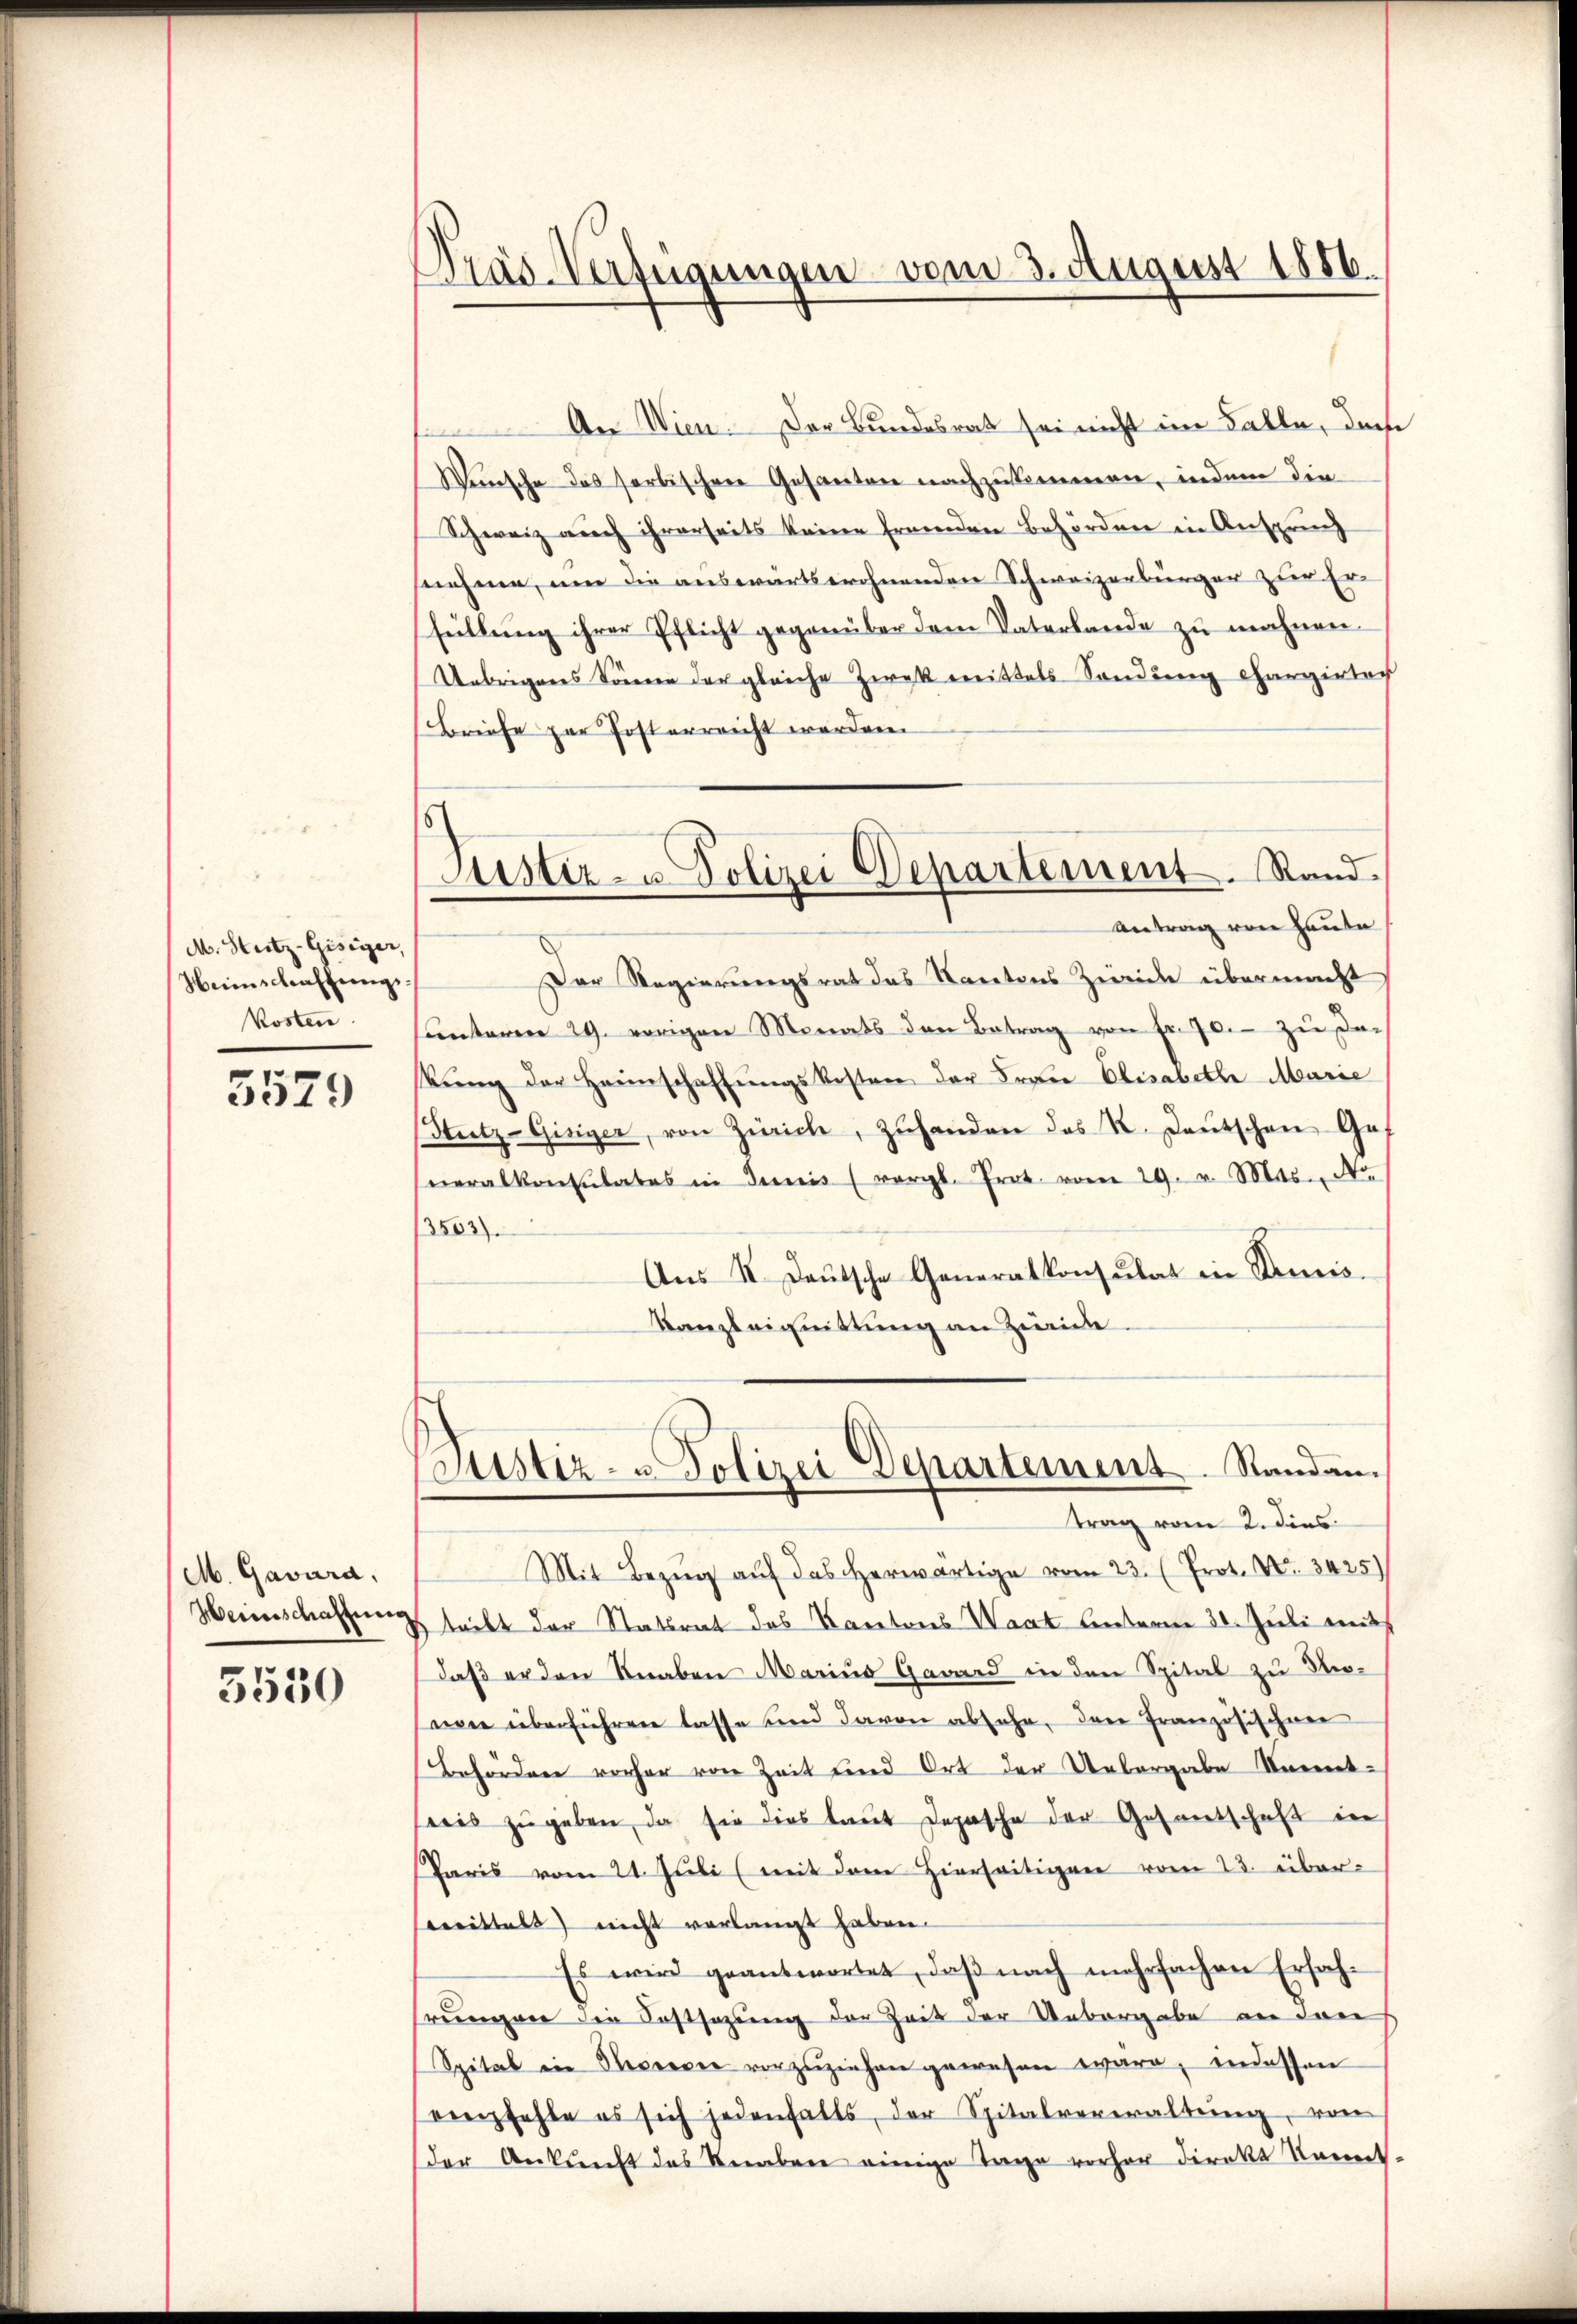
M. Stutz-Gisiger,
Heimschaffungskosten.

3529

M. Gavara,
Weinschaftung
3550

Präs-Verfügungen vom 3. August 1850.

An Wien. Der Bundesrat sei nicht im Falle, dem
Wünsche das sorbischen Gesanten nachzukommen, indem die
Schweiz auch ihrerseits keine fremden Behörden in Anspruch
snehme, um die auswärtswohnenden Schweizerbürger zur Erfüllung ihrer Pflicht gegenüber dem Vaterlande zu mahnen
Uebrigens Sonne der gleiche Zwek mittels Sandung chargirter
Briefe zur Posterreicht worden
Der Regierungsrat das Kantons Zweide übermacht
ŭnteren 29. vorigen Monats den Betrag von fr. 70. zŭ der
kŭng der Heimschaffŭngskosten der Frau Elisabethe Marie
Stütz-Gisiger, von Zürich, zŭhanden das K. Deutschen Gat
neralkonsulates in Junis (vergl. Prot. vom 29. v. Mts. Nr.
3502).
Aus II. Deutsche Generalkonsulat in Semis¬
Kanzleichnittung an Zuwide
Justiz- u Polizei Departement. Randantrag vom 2. dies
Mit Bezŭg aŭf das erwärtige vom 23. (Prot. No. 3425)
 teilt der Statsrat des Kantons Waat unterm 31. Juli mit
daß er den Knaben Marius Gaward in den Spital zu Prowie überführen lasse und davon absehe, das französischen
Behörden vorher von Zeit und Ort der Uebergabe Kenntsreis zŭgeben, da sie dies laŭt Depesche der Gesantschaft in
Paris vom 21. Jŭli (mit dem hierseitigen vom 23. über-
Brittels nicht verlangt haben.
Es wird geantwortet, daß nach mehrfachen Erfahrungen die Kostsazung der Zeit der Uebergabe an den
Spital in Secremie vorzŭziehen gewesen wäre, indessen
empfehle es sich jedenfalls, der Spitalverwaltŭng, von
der Ankunft des Veraber einige Tage vorher direkt Kennt-

5
Justiz- u. Polizei Departement. Stand.
Antrag von Haute